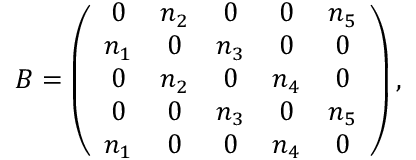
\begin{array} { r } { B = \left( \begin{array} { c c c c c } { 0 } & { n _ { 2 } } & { 0 } & { 0 } & { n _ { 5 } } \\ { n _ { 1 } } & { 0 } & { n _ { 3 } } & { 0 } & { 0 } \\ { 0 } & { n _ { 2 } } & { 0 } & { n _ { 4 } } & { 0 } \\ { 0 } & { 0 } & { n _ { 3 } } & { 0 } & { n _ { 5 } } \\ { n _ { 1 } } & { 0 } & { 0 } & { n _ { 4 } } & { 0 } \end{array} \right) , } \end{array}